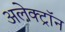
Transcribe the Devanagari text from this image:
अलेक्ट्रॉन